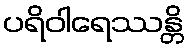
ပရိဝါရေဿန္တိ